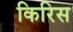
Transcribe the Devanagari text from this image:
किरिस